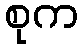
စုက